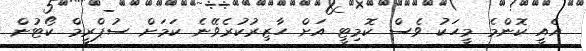
އެއީ ކޮންމެ މީހަކު ވެސް ކޮމިޓީ އަށް ހާޒިރުކުރެވޭނެ ކަމަށް ސުޕްރީމް ކޯޓުން